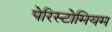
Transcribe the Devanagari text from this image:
पेरिस्टोमियम